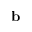
\mathbf { b }